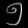
Digit: ၅